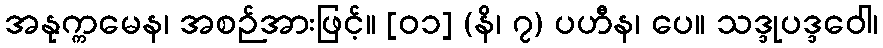
အနုက္ကမေန၊ အစဉ်အားဖြင့်။ [၀၁] (နိ၊ ၇) ပဟီန၊ ပေ။ သဒ္ဒုပဒ္ဒဝေါ၊